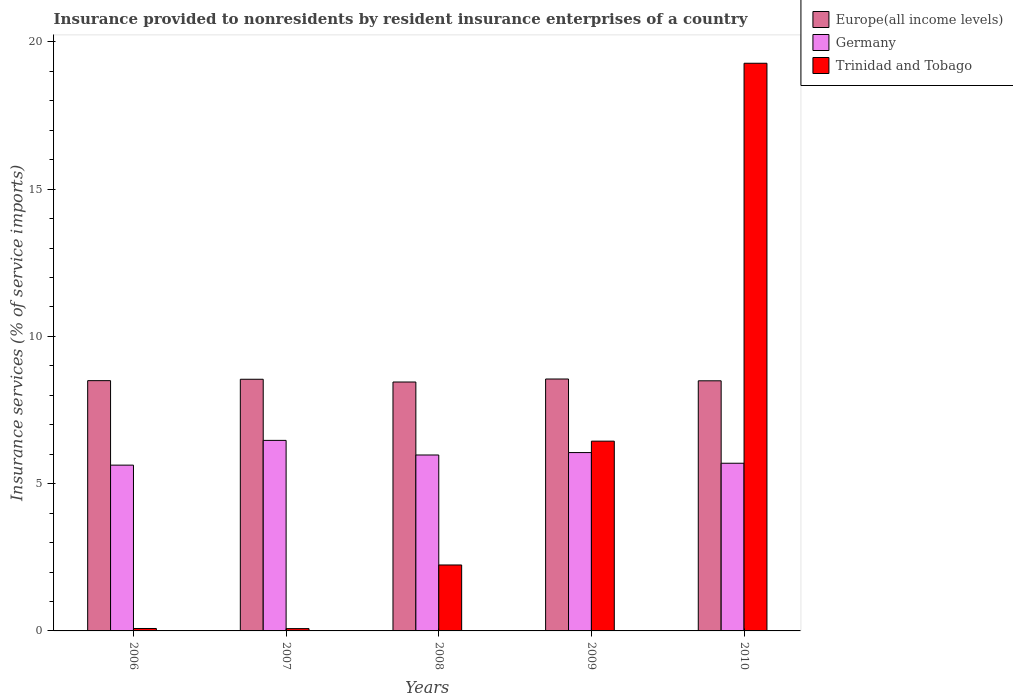
| Years | Europe(all income levels) | Germany | Trinidad and Tobago |
 | --- | --- | --- | --- |
 | 2006 | 8.5 | 5.63 | 0.0827 |
 | 2007 | 8.55 | 6.47 | 0.0781 |
 | 2008 | 8.45 | 5.97 | 2.24 |
 | 2009 | 8.55 | 6.06 | 6.44 |
 | 2010 | 8.49 | 5.69 | 19.3 |